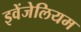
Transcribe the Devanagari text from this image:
इवेंजेलियम